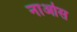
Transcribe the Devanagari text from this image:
नाओस